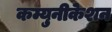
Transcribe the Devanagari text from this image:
कम्युनीकेशन